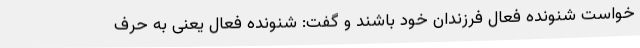
خواست شنونده فعال فرزندان خود باشند و گفت: شنونده فعال یعنی به حرف